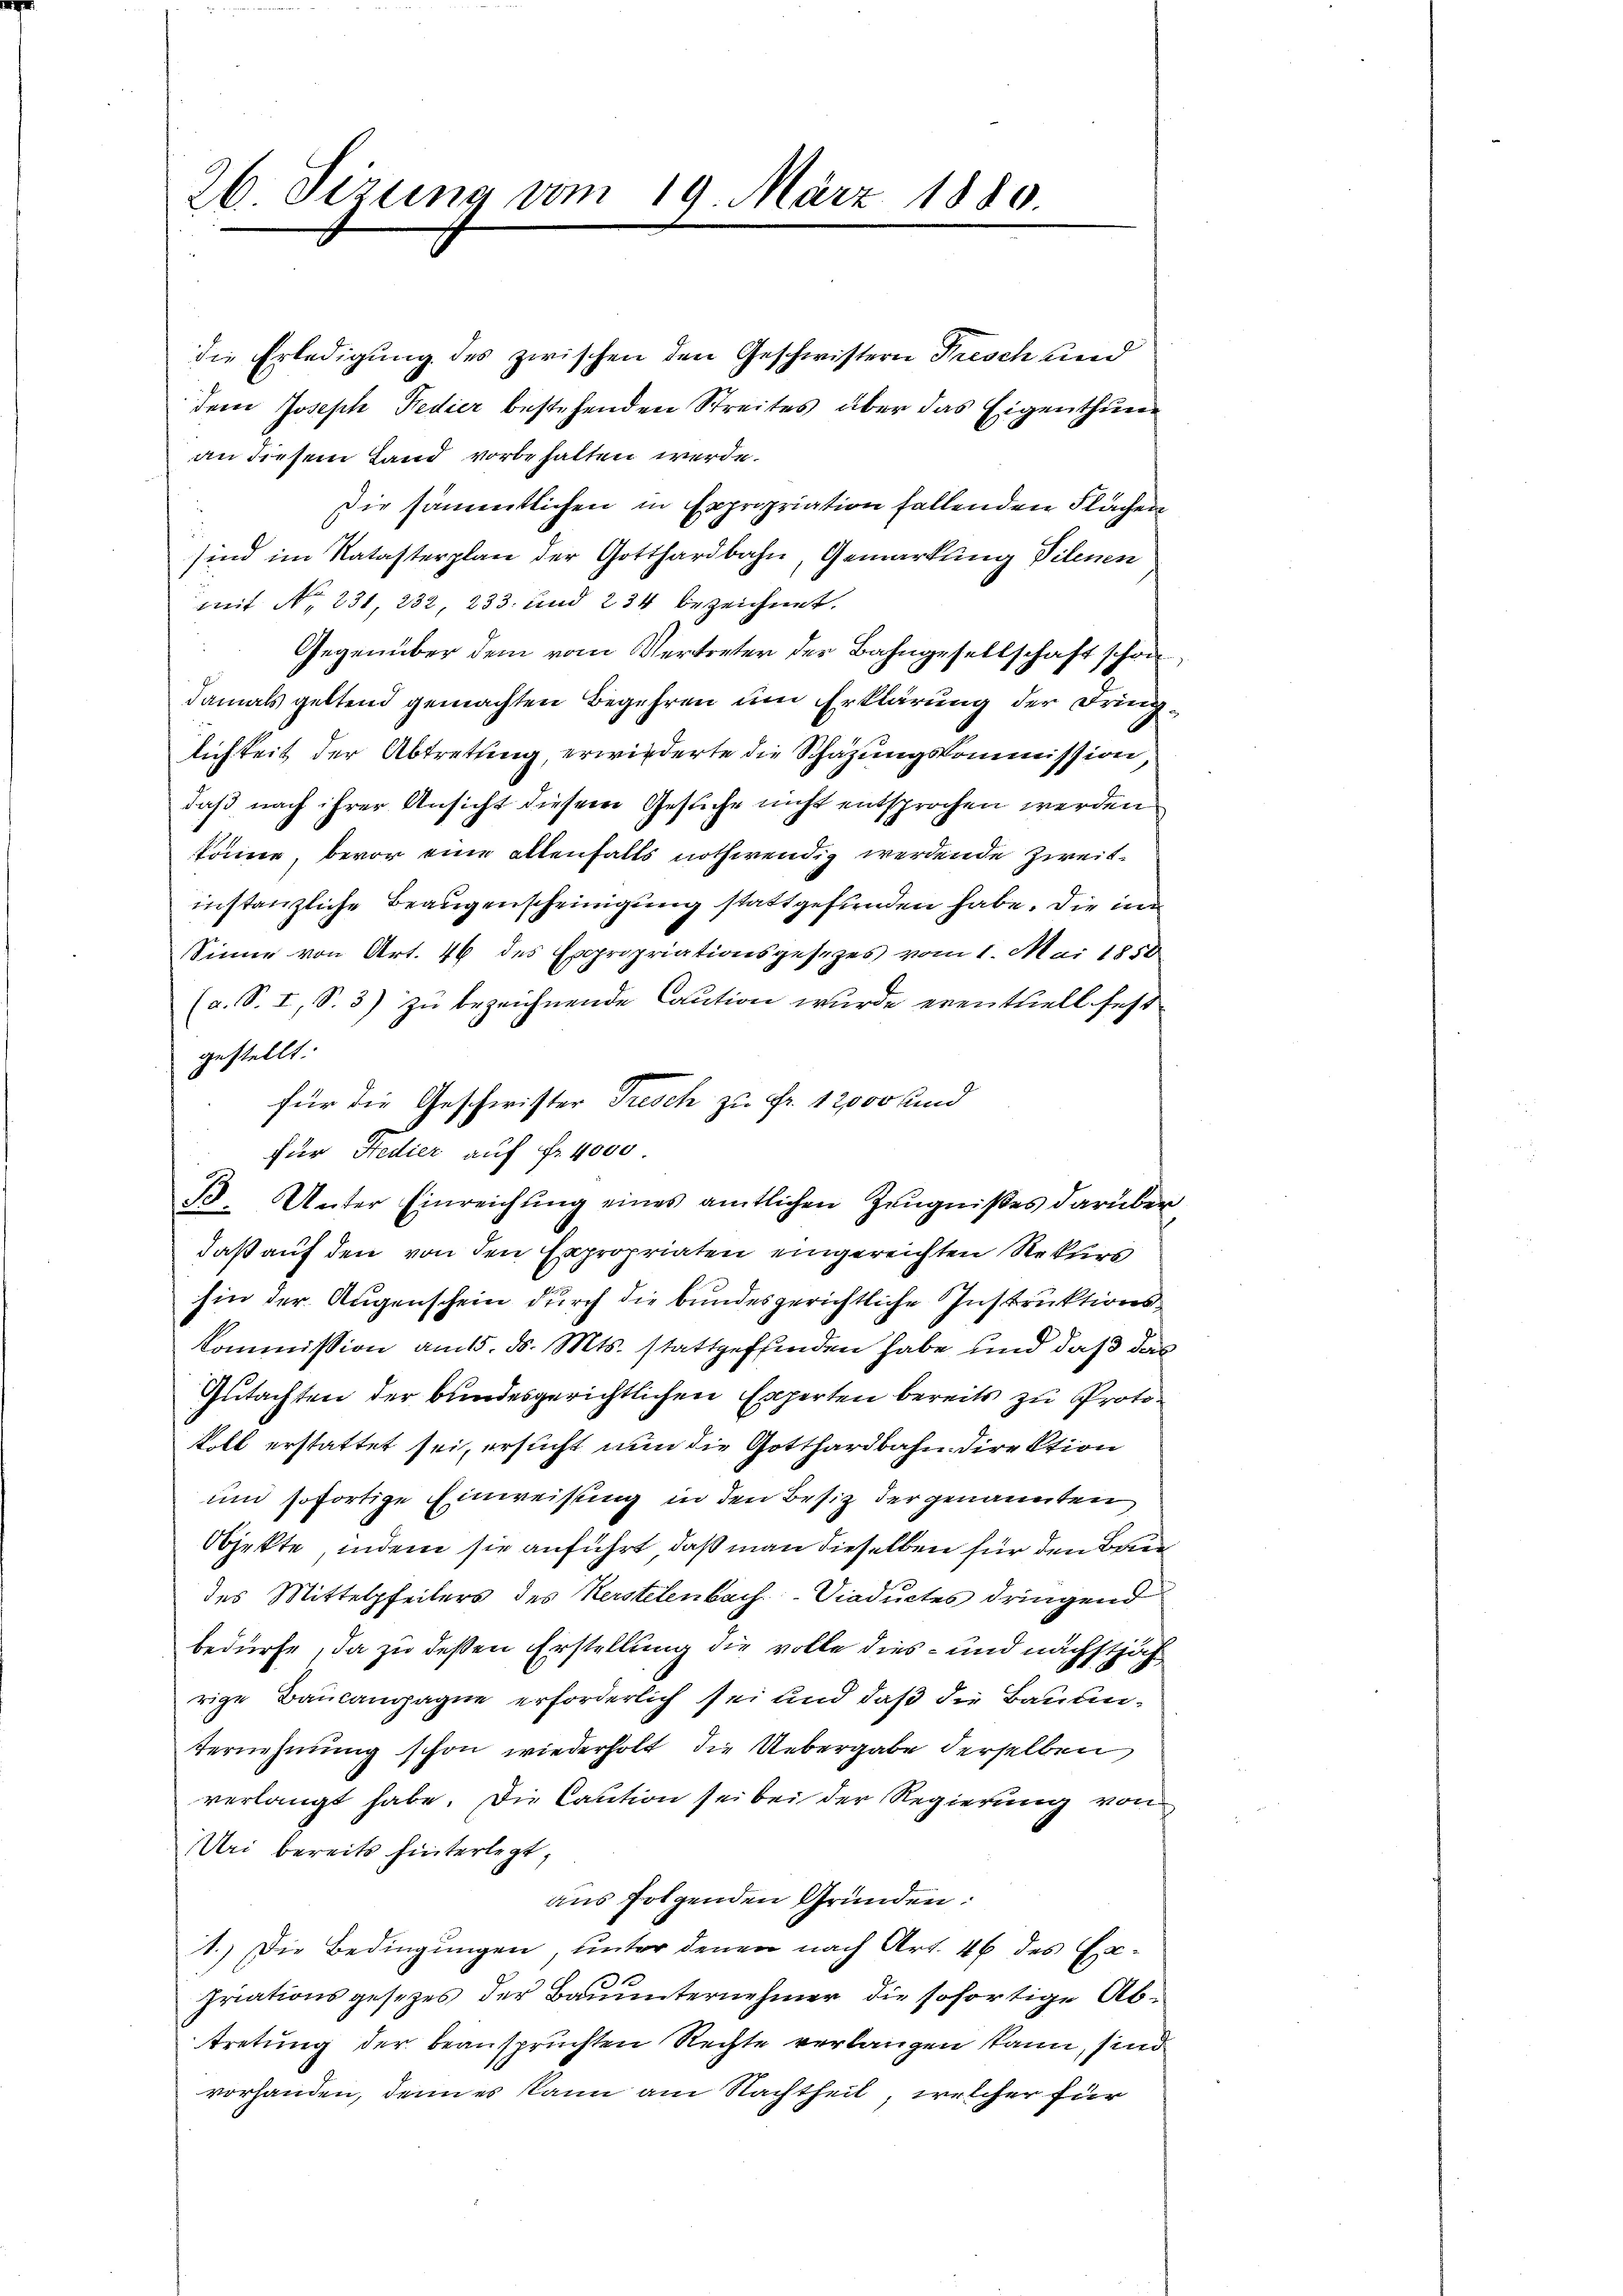
die Erledigung des zwischen den Geschwistern Frisch und
dem Joseph Fedier bestehenden Streites über das Eigenthum
an diesem Land vorbehalten werde.
Die sämmtlichen in Expropriation fallenden Flächen
sind im Natasterplan der Gotthardbahn, Gemarkung Vilenen
mit No. 231, 232, 233. und 234 bezeichnet.
Gegenüber dem vom Vertreter der Bahngesellschaft schon
damals geltend gemachten Begehren um Erklärung der Dringlichkeit der Abtretung, erwiederte die Schazungskommission,
daß nach ihrer Ansicht diesem Gesuche nicht entsprochen werden
könne, bevor eine allenfalls nothwendig werdende Zweitinstanzliche Beaugenscheinigung stattgefunden habe. Die in
Sinne von Art. 46 des Expropriationsgesezes vom 1. Mai 1858
(a. S. I, S. 3) zu bezeichnende Caution wurde eventuell festgestellt.
für Fedier auf fr. 4000
B. Unter Einreichung eines amtlichen Zeugnißes darüber
daß auf den von den Expropriaten eingereichten Rekurs
hin der Augenschein durch die bundesgerichtliche Instruktions¬
Kommission am 15. ds. Mts. stattgeffinden habe und daß das
Gutachten der bundesgerichtlichen Experten bereits zu Protokoll erstattet sei, ersucht nun die Gotthardbahndirektion
und sofortige Einweisung in den Besitz der genannten
Objekte, indem sie anführt, daß man dieselben für den Brie
des Mittelpfeilers des Herstelenbach Viaductes dringend
bedürfe, da zu deßen Erstellung die volle dies- und nächstjährige Baulangagne erforderlich sei und daß die Baumternehmung schon wiederholt, die Uebergabe derselben
verlangt habe. Die Caution sei bei der Regierung von
Uri bereits hinterlegt,
aus folgenden Gründen:
1.) Die Bedingungen, unter denen nach Art. 46 des Ex¬
Friationsgesezes der Bauunternehmer die sofortige Abstretung der beanspruchten Rechte verlangen kann, sind
vorhanden, denn es kann am Nachtheil, welcher für

26 Sizung vom 19. März 1880.

für die Geschwister Tresch zu Fr. 12000 und